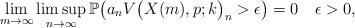
LaTeX: \begin{align*} \lim_{m \to\infty} \limsup_{n \to\infty}\mathbb{P} \bigl( a_n V\bigl(X(m), p; k\bigr)_n > \epsilon\bigr) = 0 \quad \epsilon>0,\end{align*}